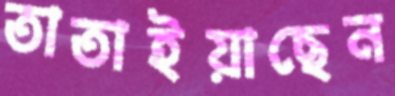
তাতাইয়াছেন